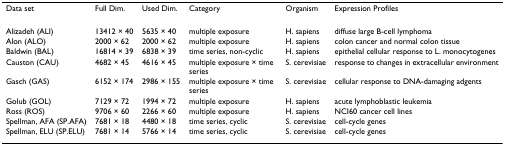
<table><thead><tr><td><b>Data set</b></td><td><b>Full Dim.</b></td><td><b>Used Dim.</b></td><td><b>Category</b></td><td><b>Organism</b></td><td><b>Expression Profiles</b></td></tr></thead><tbody><tr><td>Alizadeh (ALI)</td><td>13412 × 40</td><td>5635 × 40</td><td>multiple exposure</td><td>H. sapiens</td><td>diffuse large B-cell lymphoma</td></tr><tr><td>Alon (ALO)</td><td>2000 × 62</td><td>2000 × 62</td><td>multiple exposure</td><td>H. sapiens</td><td>colon cancer and normal colon tissue</td></tr><tr><td>Baldwin (BAL)</td><td>16814 × 39</td><td>6838 × 39</td><td>time series, non-cyclic</td><td>H. sapiens</td><td>epithelial cellular response to L. monocytogenes</td></tr><tr><td>Causton (CAU)</td><td>4682 × 45</td><td>4616 × 45</td><td>multiple exposure × time series</td><td>S. cerevisiae</td><td>response to changes in extracellular environment</td></tr><tr><td>Gasch (GAS)</td><td>6152 × 174</td><td>2986 × 155</td><td>multiple exposure × time series</td><td>S. cerevisiae</td><td>cellular response to DNA-damaging adgents</td></tr><tr><td>Golub (GOL)</td><td>7129 × 72</td><td>1994 × 72</td><td>multiple exposure</td><td>H. sapiens</td><td>acute lymphoblastic leukemia</td></tr><tr><td>Ross (ROS)</td><td>9706 × 60</td><td>2266 × 60</td><td>multiple exposure</td><td>H. sapiens</td><td>NCI60 cancer cell lines</td></tr><tr><td>Spellman, AFA (SP.AFA)</td><td>7681 × 18</td><td>4480 × 18</td><td>time series, cyclic</td><td>S. cerevisiae</td><td>cell-cycle genes</td></tr><tr><td>Spellman, ELU (SP.ELU)</td><td>7681 × 14</td><td>5766 × 14</td><td>time series, cyclic</td><td>S. cerevisiae</td><td>cell-cycle genes</td></tr></tbody></table>